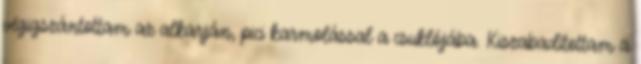
végigszántottam az alkarján, pici karmolással a csuklójába. Kiszabadítottam a